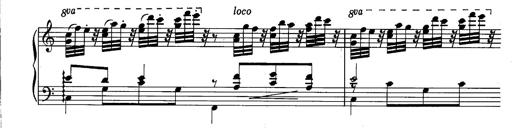
Title: La romanesca
Composer: Franz Liszt